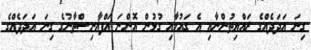
ގިނަ އަދަދެއްގެ ރައްޔިތުންނާއި އެ ގައުމާއި ގުޅުން އޮންނަ އަފްޣާނިސްތާނުގެ ގިނަ އަދަދެއްގެ